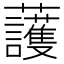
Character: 𧅰